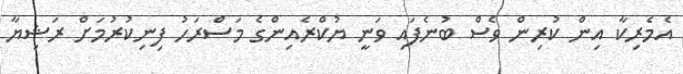
އެމެރިކާ އިން ކުރިން ވެސް ބުނެފައި ވަނީ ޔުކްރެއިންގެ މަސްރަހު ފިނިކުރުމަށް ރަޝިޔާ